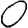
Digit: 0